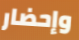
وإحضار